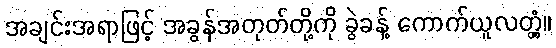
အချင်းအရာဖြင့် အခွန်အတုတ်တို့ကို ခွဲခန့် ကောက်ယူလတ္တံ့။